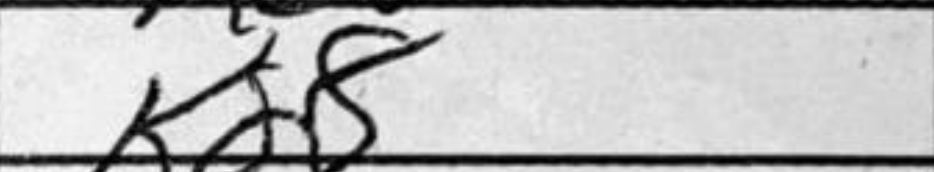
Transcription: Kd8